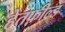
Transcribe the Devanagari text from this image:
हेतफ़ील्ड